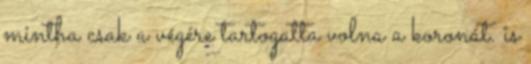
mintha csak a végére tartogatta volna a koronát. is